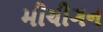
મીચીગન